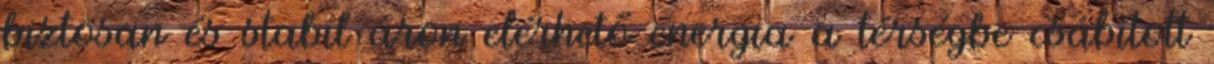
biztosan és stabil áron elérhető energia a térségbe csábított